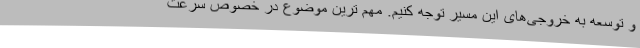
و توسعه به خروجی‌های این مسیر توجه کنیم. مهم ترین موضوع در خصوص سرعت